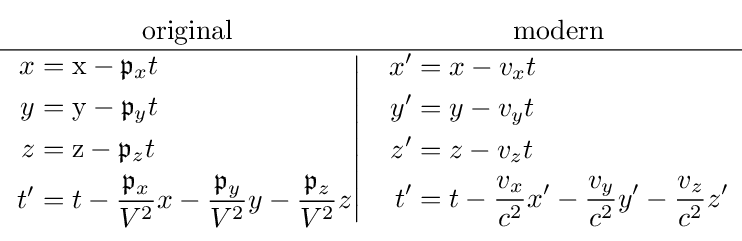
{\begin{matrix}{\text{original}}&{\text{modern}}\\\hline \left.{\begin{aligned}x&=\mathrm {x} -{\mathfrak {p}}_{x}t\\y&=\mathrm {y} -{\mathfrak {p}}_{y}t\\z&=\mathrm {z} -{\mathfrak {p}}_{z}t\\t^{\prime }&=t-{\frac {{\mathfrak {p}}_{x}}{V^{2}}}x-{\frac {{\mathfrak {p}}_{y}}{V^{2}}}y-{\frac {{\mathfrak {p}}_{z}}{V^{2}}}z\end{aligned}}\right|&{\begin{aligned}x^{\prime }&=x-v_{x}t\\y^{\prime }&=y-v_{y}t\\z^{\prime }&=z-v_{z}t\\t^{\prime }&=t-{\frac {v_{x}}{c^{2}}}x'-{\frac {v_{y}}{c^{2}}}y'-{\frac {v_{z}}{c^{2}}}z'\end{aligned}}\end{matrix}}